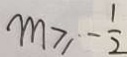
m \geq - \frac { 1 } { 2 }